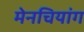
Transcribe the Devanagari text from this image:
मेनचियांग